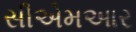
સીએમઆર